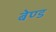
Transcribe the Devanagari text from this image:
बेण्ड